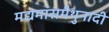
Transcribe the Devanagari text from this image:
मद्यमांसमैथुनादी